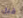
قبل